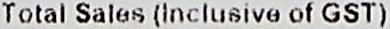
TOTAL SALES (INCLUSIVE OF GST)